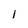
Character: l